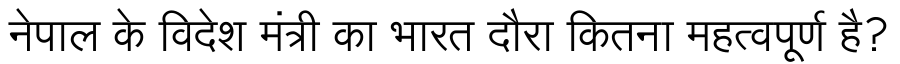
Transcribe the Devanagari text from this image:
नेपाल के विदेश मंत्री का भारत दौरा कितना महत्वपूर्ण है?